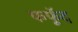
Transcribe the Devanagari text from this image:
फफूॅद